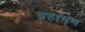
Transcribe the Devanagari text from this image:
ब्रहामण